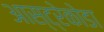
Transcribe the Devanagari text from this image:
आस्ट्रेकोडा